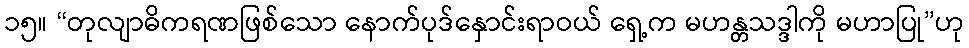
၁၅။ “တုလျာဓိကရဏဖြစ်သော နောက်ပုဒ်နှောင်းရာဝယ် ရှေ့က မဟန္တသဒ္ဒါကို မဟာပြု”ဟု